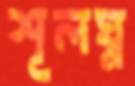
শূলঘ্ন